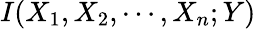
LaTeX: I(X_{1},X_{2},\cdots,X_{n};Y)